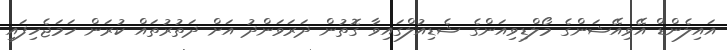
އައިލެންޑް އޭވިއޭޝަންގެ މޯލްޑިވިއަންގެ ޝެޑިއުލްގައިވާ ގޮތުން ދަރަވަންދު އަށް ދަތުރުތައް ކުރަން ހަމަޖެހިފައި